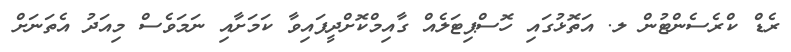
ރެޑް ކްރެސެންޓުން ލ. އަތޮޅުގައި ހޮސްޕިޓަލެއް ގާއިމްކޮށްދީފައިވާ ކަމަށާއި ނަމަވެސް މިއަދު އެތަނަށް